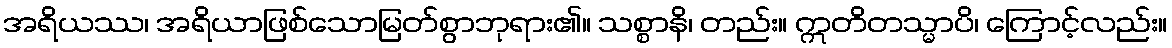
အရိယဿ၊ အရိယာဖြစ်သောမြတ်စွာဘုရား၏။ သစ္စာနိ၊ တည်း။ ဣတိတသ္မာပိ၊ ကြောင့်လည်း။